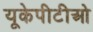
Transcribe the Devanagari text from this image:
यूकेपीटीओ